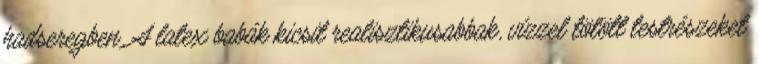
hadseregben. A latex babák kicsit realisztikusabbak, vízzel tötött testrészeket